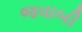
જવાબી